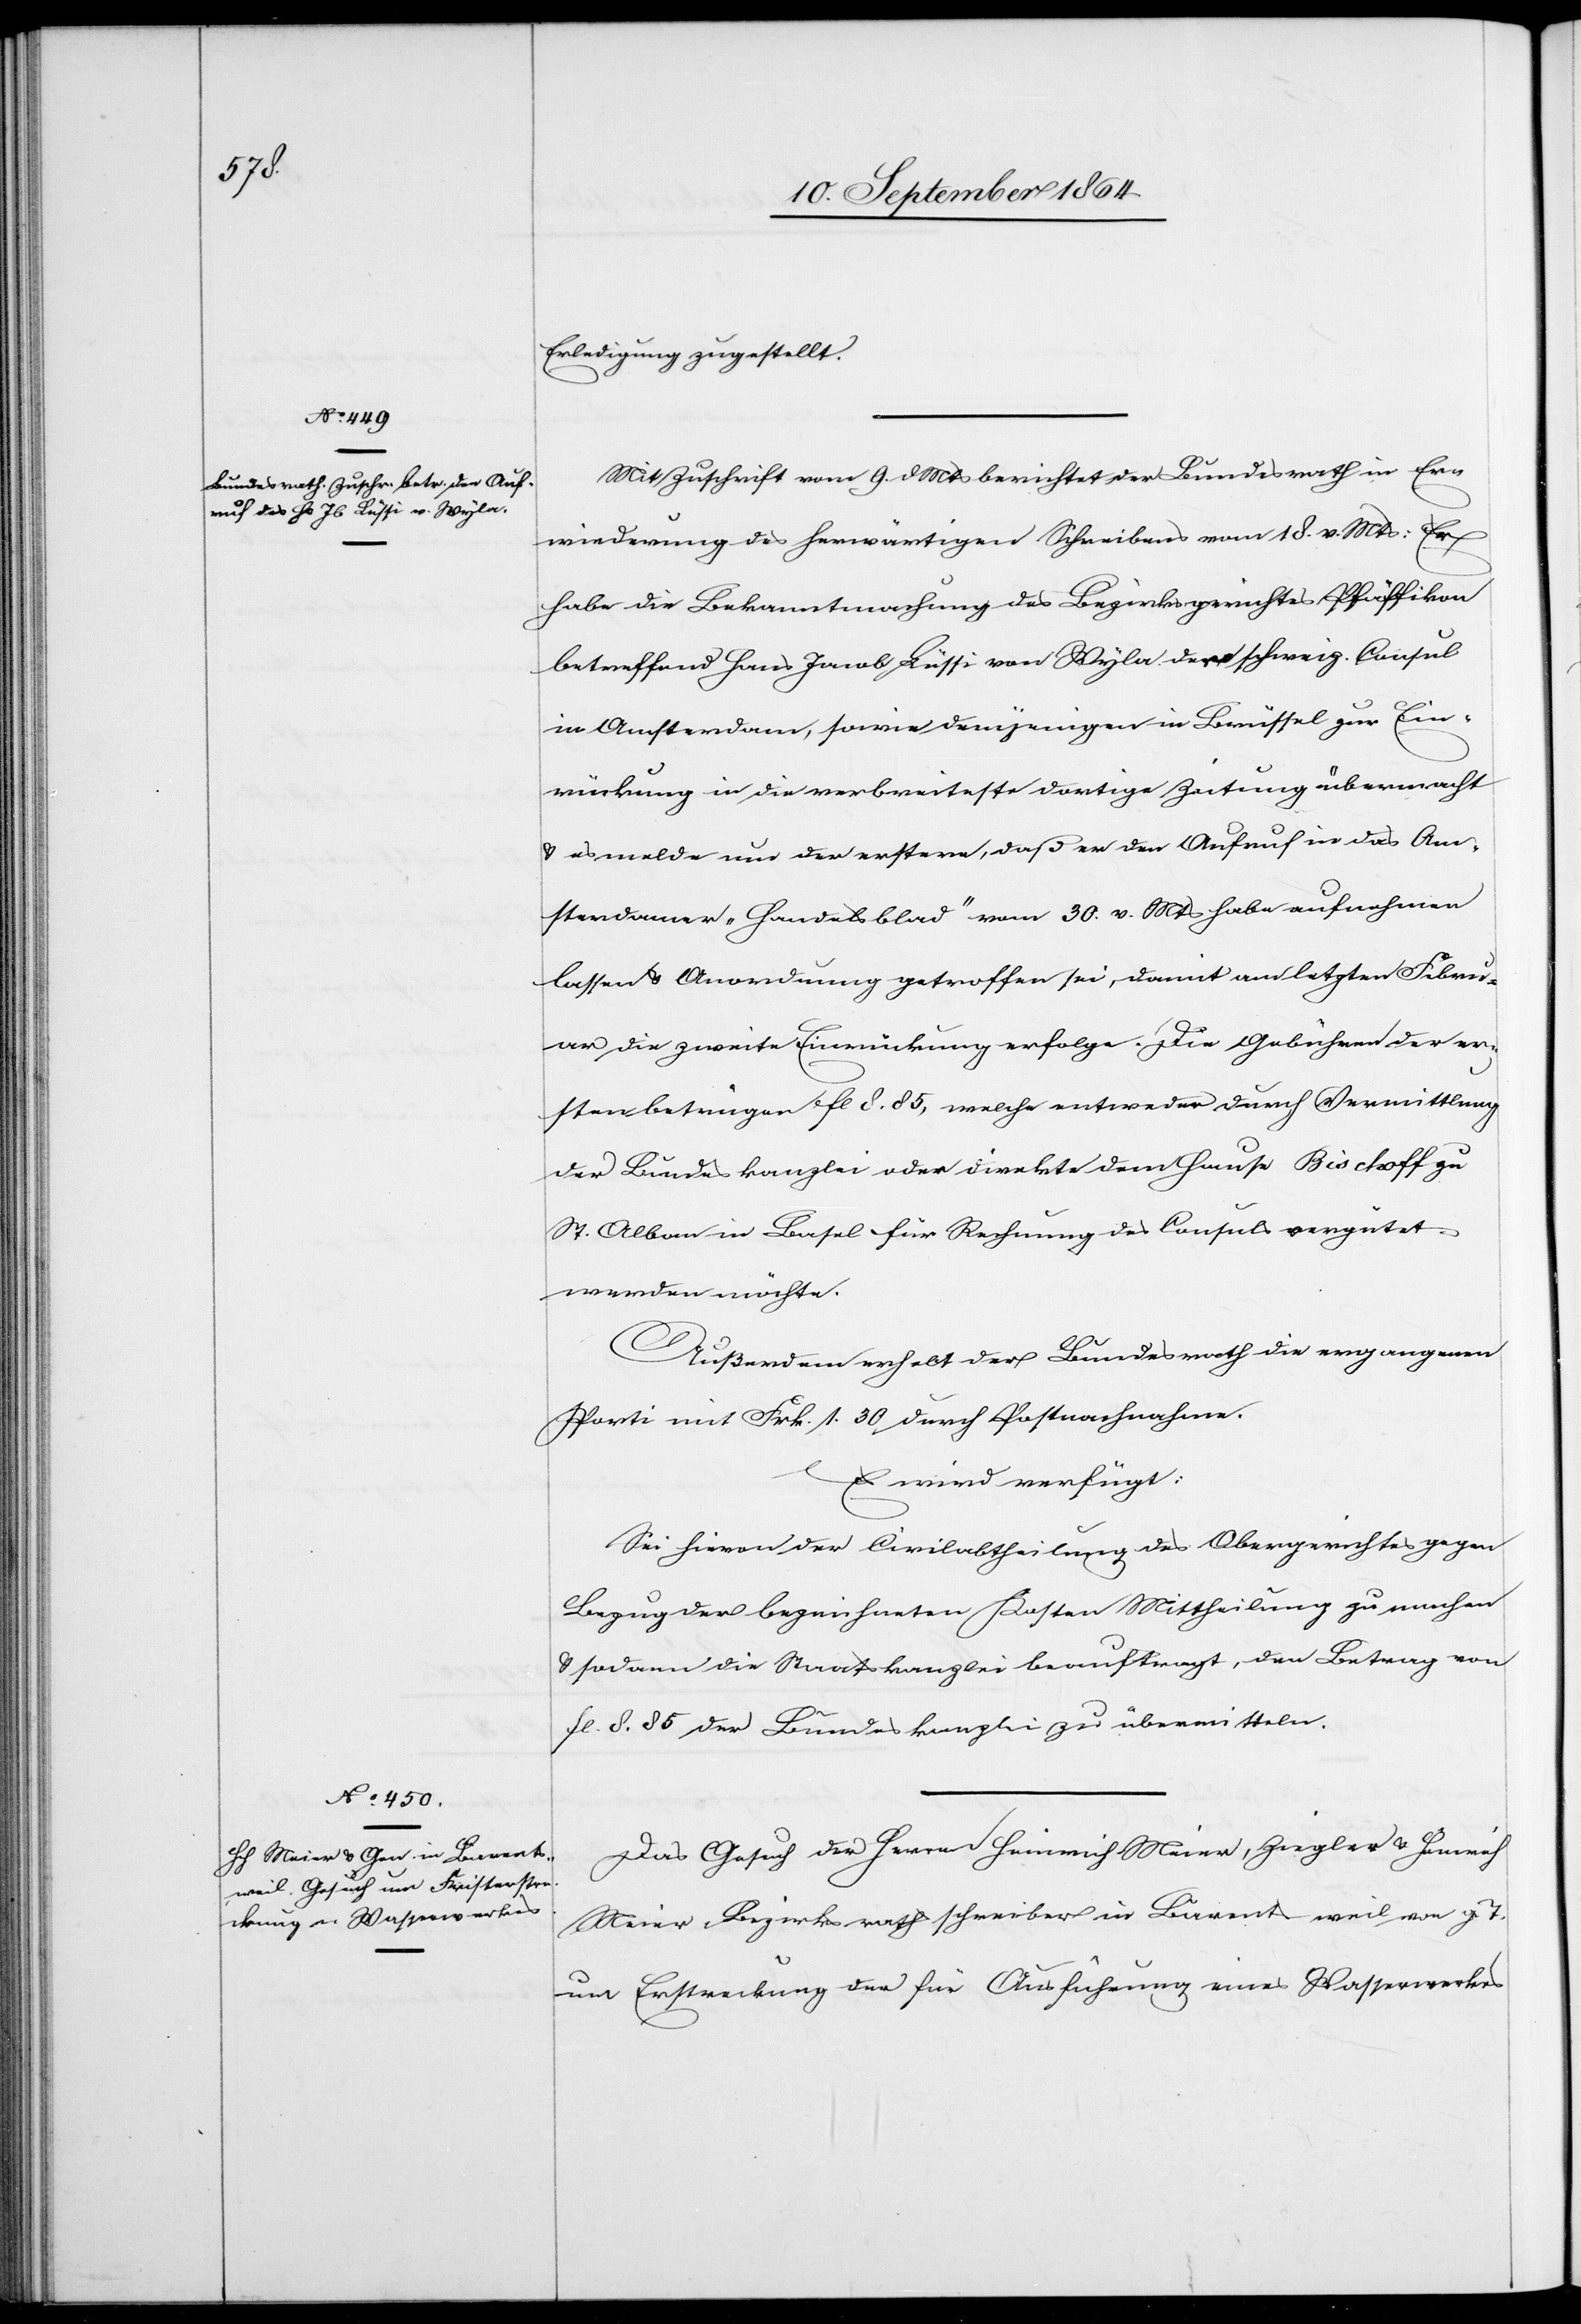
13. September 1864.]
Erledigung zugestellt.
Mit Zuschrift vom 9. d. Mts berichtet der Bundesrath in Er¬
wiederung des herwärtigen Schreibens vom 18. v. Mts: Er
habe die Bekanntmachung des Bezirksgerichtes Pfäffikon
betreffend Hans Jacob Lüssi von Wyla dem schweiz. Consul
in Amsterdam, sowie demjenigen in Brüssel zur Ein¬
rückung in die verbreite[t]ste dortige Zeitung übermacht
& es melde nun der erstere, daß er den Aufruf in das Am¬
sterdamer „Handelsblad“ vom 30. v. Mts habe aufnehmen
lassen & Anordnung getroffen sei, damit am letzten Febru¬
ar die zweite Einrückung erfolge. Die Gebühren der er¬
sten betrügen fl 8.85, welche entweder durch Vermittlung
der Bundeskanzlei oder direkte dem Hause Bischoff zu
St. Alban in Basel für Rechnung des Consuls vergütet
werden möchte.
Außerdem erhebt der Bundesrath die eingegangenen
Porti mit Frk. 1.30 durch Postnachnahme.
Es wird verfügt:
Sei hievon der Civilabtheilung des Obergerichtes gegen
Bezug der bezeichneten Kosten Mittheilung zu machen
& sodann die Staatskanzlei beauftragt, den Betrag von
fl 8.85 der Bundeskanzlei zu übermitteln.
Das Gesuch der Herren Heinrich Meier, Ziegler & Heinrich
Meier, Bezirksrathsschreiber in Bärentsweil vom g. T.
um Erstreckung der für Ausführung eines Wasserwerkes